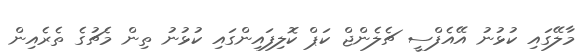
މާލޭގައި ކުޅުނު އޭއެފްސީ ޗެލެންޖް ކަޕް ކޮލިފައިންގައި ކުޅުނު ތިން މެޗުގެ ތެރެއިން